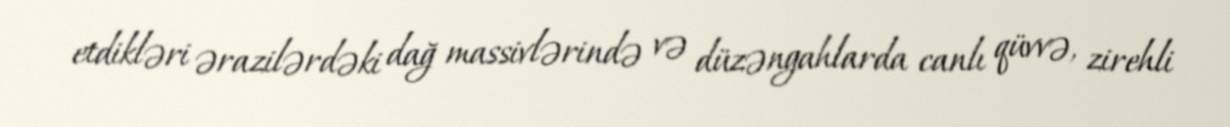
etdikləri ərazilərdəki dağ massivlərində və düzəngahlarda canlı qüvvə, zirehli